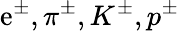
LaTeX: \mathrm{e}^{\pm},\pi^{\pm},K^{\pm},p^{\pm}